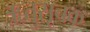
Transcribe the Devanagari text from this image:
ऋतुसूचक